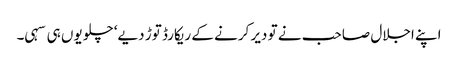
اپنے اجلال صاحب نے تو دیر کرنے کے ریکارڈ توڑ دیے‘ چلو یوں ہی سہی۔